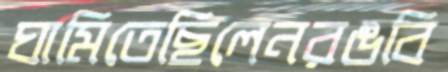
ঘামিতেছিলেনরঙবি